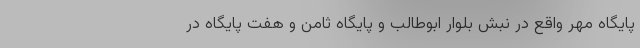
پایگاه مهر واقع در نبش بلوار ابوطالب و پایگاه ثامن و هفت پایگاه در